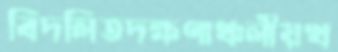
বিদলিতদক্ষণাঞ্চলীয়খ